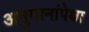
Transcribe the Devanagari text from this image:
अनुमानांपेक्षा